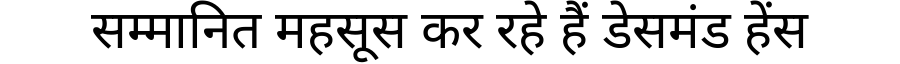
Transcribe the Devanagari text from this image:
सम्मानित महसूस कर रहे हैं डेसमंड हेंस